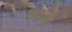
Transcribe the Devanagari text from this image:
भातृ